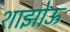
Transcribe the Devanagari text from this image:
शाझोऊ